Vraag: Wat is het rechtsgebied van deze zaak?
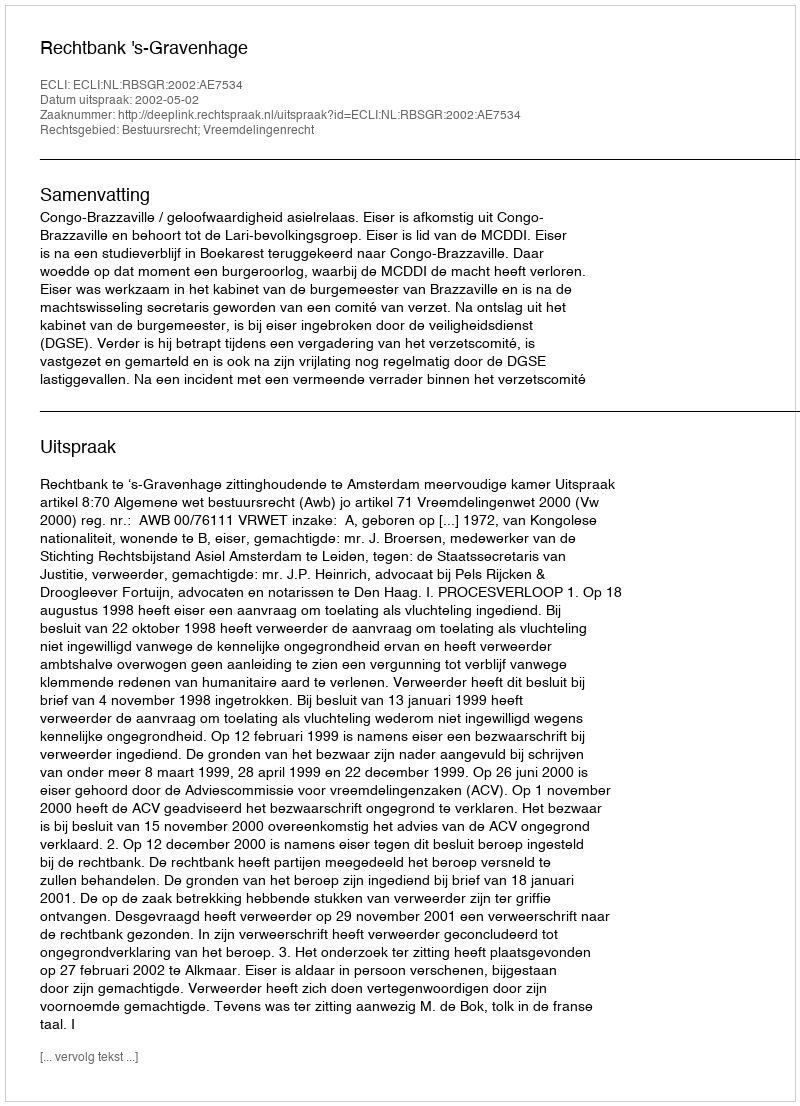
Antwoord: Bestuursrecht; Vreemdelingenrecht